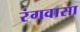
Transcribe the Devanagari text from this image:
रंगवासा